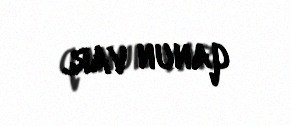
qanun var.